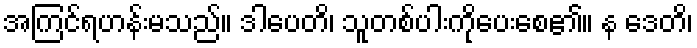
အကြင်ရဟန်းမသည်။ ဒါပေတိ၊ သူတစ်ပါးကိုပေးစေ၏။ န ဒေတိ၊